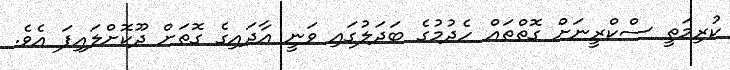
ކުރިމަތީ ސްކްރީނަށް ގޮތްތައް ހެދުމުގެ ބަދަލުގައި ވަނީ އާދައިގެ ގޮތަށް ދޫކޮށްލައިފަ އެވެ.